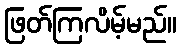
ဖြတ်ကြလိမ့်မည်။